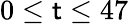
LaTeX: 0\le\mathsf{t}\le47